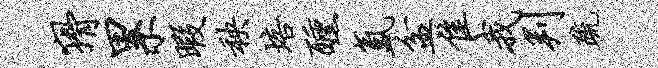
猾累暇秧培醺氲盆隹我判疏